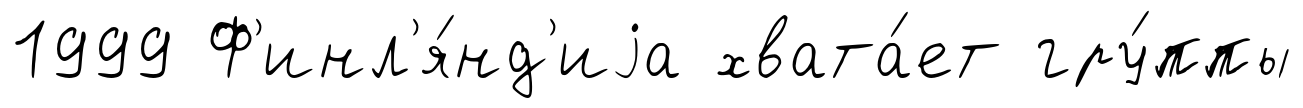
1999 Ф'инл'я́нд'иjа хвата́ет гру́ппы